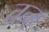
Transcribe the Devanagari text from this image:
तन्ह